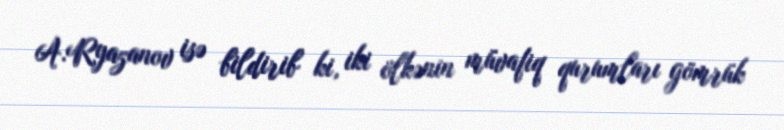
A.Ryazanov isə bildirib ki, iki ölkənin müvafiq qurumları gömrük